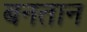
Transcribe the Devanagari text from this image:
बनतान